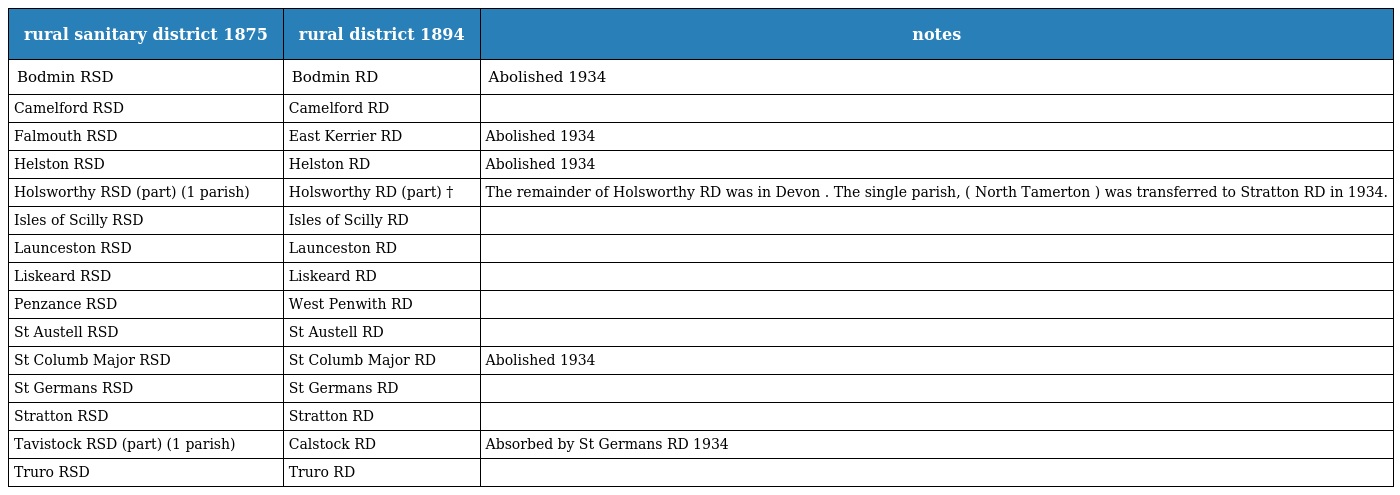
| rural sanitary district 1875 | rural district 1894 | notes |
 | --- | --- | --- |
 | Bodmin RSD | Bodmin RD | Abolished 1934 |
 | Camelford RSD | Camelford RD |  |
 | Falmouth RSD | East Kerrier RD | Abolished 1934 |
 | Helston RSD | Helston RD | Abolished 1934 |
 | Holsworthy RSD (part) (1 parish) | Holsworthy RD (part) † | The remainder of Holsworthy RD was in Devon . The single parish, ( North Tamerton ) was transferred to Stratton RD in 1934. |
 | Isles of Scilly RSD | Isles of Scilly RD |  |
 | Launceston RSD | Launceston RD |  |
 | Liskeard RSD | Liskeard RD |  |
 | Penzance RSD | West Penwith RD |  |
 | St Austell RSD | St Austell RD |  |
 | St Columb Major RSD | St Columb Major RD | Abolished 1934 |
 | St Germans RSD | St Germans RD |  |
 | Stratton RSD | Stratton RD |  |
 | Tavistock RSD (part) (1 parish) | Calstock RD | Absorbed by St Germans RD 1934 |
 | Truro RSD | Truro RD |  |